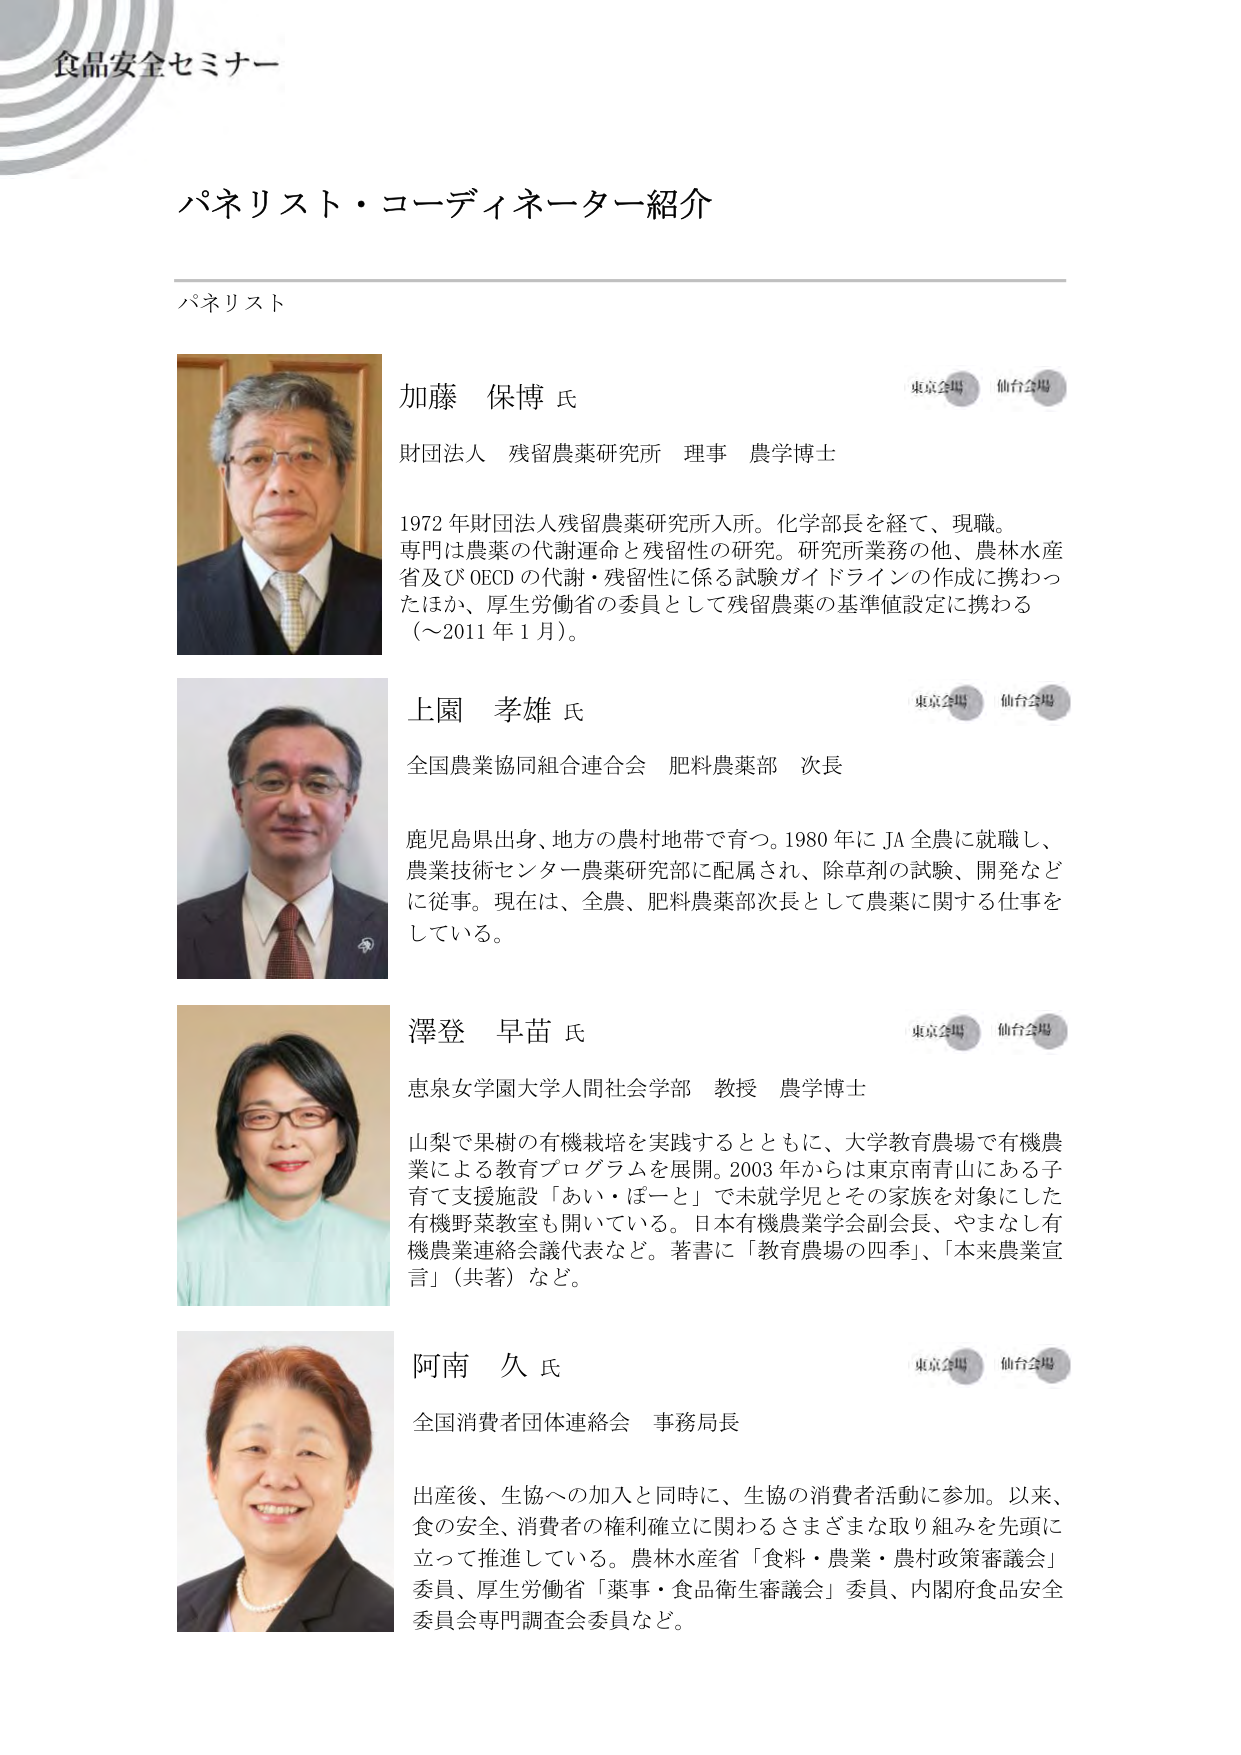
食品安全セミナー

パネリスト・コーディネーター紹介

パネリスト

加藤 保博 氏
財団法人 残留農薬研究所 理事 農学博士
1972 年財団法人残留農薬研究所入所。化学部長を経て、現職。
専門は農薬の代謝運命と残留性の研究。研究所業務の他、農林水産
省及び OECD の代謝・残留性に係る試験ガイドラインの作成に携わっ
たほか、厚生労働省の委員として残留農薬の基準値設定に携わる
（～2011 年 1 月）。

上園 孝雄 氏
全国農業協同組合連合会 肥料農薬部 次長
鹿児島県出身、地方の農村地帯で育つ。1980 年に JA 全農に就職し、
農業技術センター農薬研究部に配属され、除草剤の試験、開発など
に従事。現在は、全農、肥料農薬部次長として農薬に関する仕事を
している。

澤登 早苗 氏
恵泉女学園大学人間社会学部 教授 農学博士
山梨で果樹の有機栽培を実践するとともに、大学教育農場で有機農
業による教育プログラムを展開。2003 年からは東京南青山にある子
育て支援施設「あい・ぼーと」で未就学児とその家族を対象にした
有機野菜教室も開いている。日本有機農業学会副会長、やまなし有
機農業連絡会議代表など。著書に「教育農場の四季」、「本来農業宣
言」（共著）など。

阿南 久 氏
全国消費者団体連絡会 事務局長
出産後、生協への加入と同時に、生協の消費者活動に参加。以来、
食の安全、消費者の権利確立に関わるさまざまな取り組みを先頭に
立って推進している。農林水産省「食料・農業・農村政策審議会」
委員、厚生労働省「薬事・食品衛生審議会」委員、内閣府食品安全
委員会専門調査会委員など。

東京会場 仙台会場
東京会場 仙台会場
東京会場 仙台会場
東京会場 仙台会場